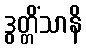
ဒွတ္တိံသာနိ